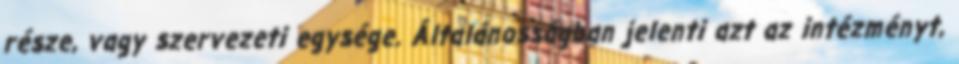
része, vagy szervezeti egysége. Általánosságban jelenti azt az intézményt,